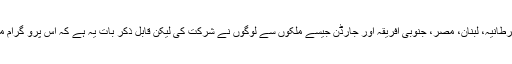
یوں تو اس پروگرام میں ایران، روس، سیریا، ترکی، برطانیہ، لبنان، مصر، جنوبی افریقہ اور جارڈن جیسے ملکوں سے لوگوں نے شرکت کی لیکن قابل ذکر بات یہ ہے کہ اس پرو گرام میں کچھ ہندوستانی مولوی بھی اپنا گیان بانٹنے پہنچے۔